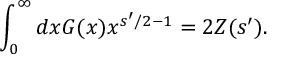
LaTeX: \int _ { 0 } ^ { \infty } d x G ( x ) x ^ { s ^ { \prime } / 2 - 1 } = 2 Z ( s ^ { \prime } ) .